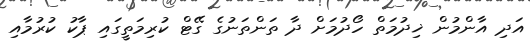
އަދި އާންމުން ޚިދުމަތް ހޯދުމަށް ދާ ތަންތަނުގެ ގޭޓް ކުރިމަތީގައި ޕާކު ކުރުމާއި